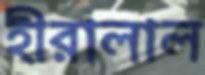
হীরালাল